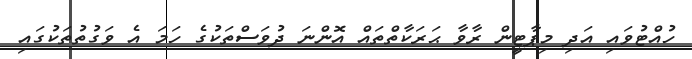
ހުއްޓުވައި އަދި މިޕާޓީން ރާވާ ޙަރަކާތްތައް އޮންނަ ދުވަސްތަކުގެ ހަމަ އެ ވަގުތުތަކުގައި